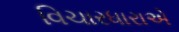
વિચારધારાએ